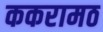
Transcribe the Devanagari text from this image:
ककरामठ